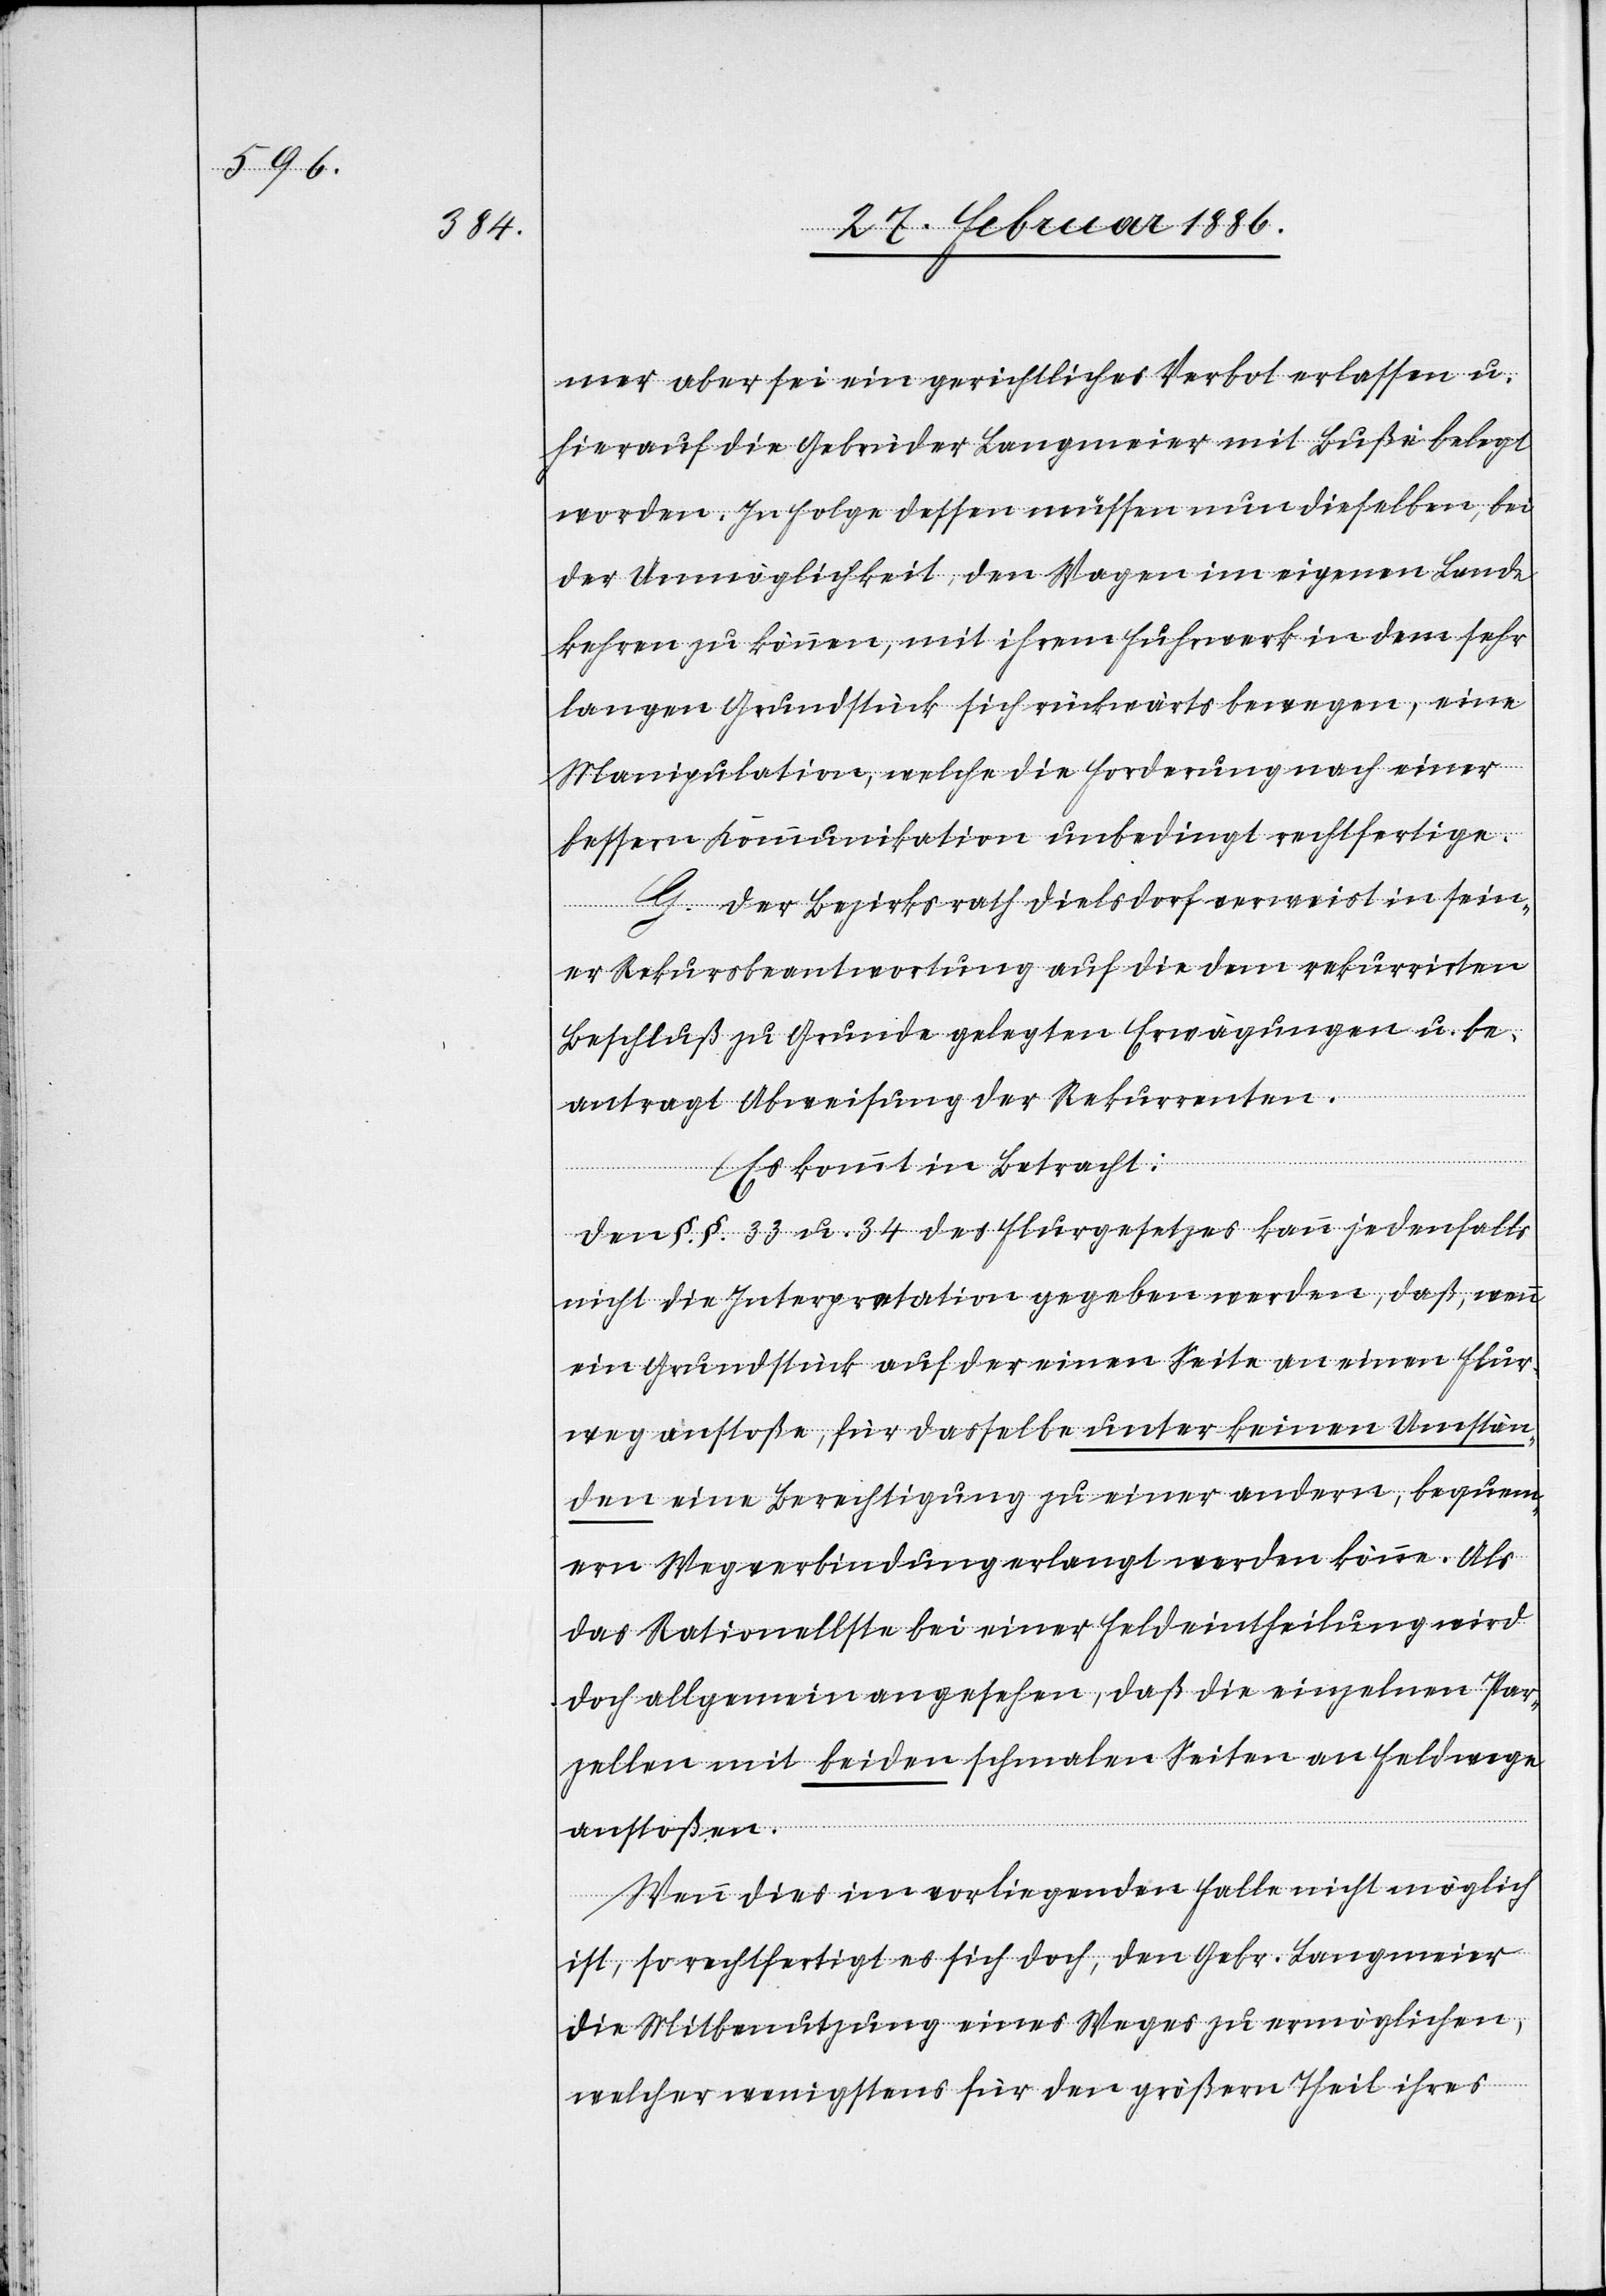
mer aber sei ein gerichtliches Verbot erlassen u.
hierauf die Gebrüder Langmeier mit Buße belegt
worden. In Folge dessen müssen nun dieselben, bei
der Unmöglichkeit den Wagen im eigenen Lande
kehren zu können, mit ihrem Fuhrwerk in dem sehr
langen Grundstück sich rückwärts bewegen, eine
Manipulation, welche die Forderung nach einer
bessern Kommunikation unbedingt rechtfertige.
G. Der Bezirksrath Dielsdorf verweist in sein¬
er Rekursbeantwortung auf die dem rekurrirten
Beschluß zu Grunde gelegten Erwägungen u. be¬
antragt Abweisung der Rekurrenten.
Es kommt in Betracht:
Den §. §. 33 u. 34 des Flurgesetzes kann jedenfalls
nicht die Interpretation gegeben werden, daß wenn
ein Grundstück auf der einen Seite an einen Flur¬
weg anstoße, für dasselbe unter keinen Umstän¬
den eine Berechtigung zu einer andern, bequem¬
ern Wegverbindung verlangt werden könne. Als
das Rationellste bei einer Feldeintheilung wird
doch allgemein angesehen, daß die einzelnen Par¬
zellen mit beiden schmalen Seiten an Feldwege
anstoßen.
Wenn dies im vorliegenden Falle nicht möglich
ist, so rechtfertigt es sich doch, den Gebr. Langemeier
die Mitbenutzung eines Weges zu ermöglichen,
welcher wenigstens für den größern Theil ihres